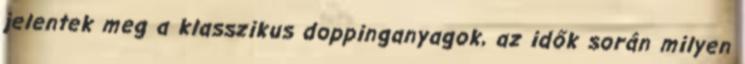
jelentek meg a klasszikus doppinganyagok, az idők során milyen